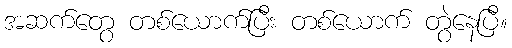
အဆက်တွေ တစ်ယောက်ပြီး တစ်ယောက် တွဲနေပြီ။